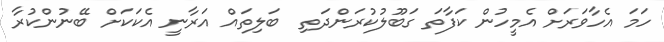
ހަމަ އެހާވަރަށް އެމީހުން ކަފާތަ ގަބޫލުކުރަންދަތި  ބަލިތައް އަރާނީ އެކަކަށް ބޭނުންކުރާ